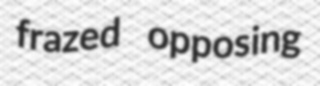
frazed opposing